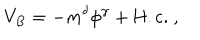
V _ { B } = - m ^ { \delta } \phi ^ { \gamma } + \mathrm { H . c . } \ ,